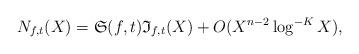
LaTeX: \begin{align*}N_{f,t}(X)=\mathfrak{S}(f,t)\mathfrak{I}_{f,t}(X)+O(X^{n-2}\log^{-K}X),\end{align*}